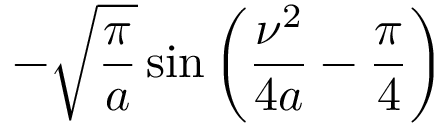
- { \sqrt { \frac { \pi } { a } } } \sin \left( { \frac { \nu ^ { 2 } } { 4 a } } - { \frac { \pi } { 4 } } \right)